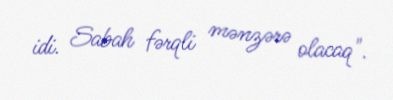
idi. Sabah fərqli mənzərə olacaq".